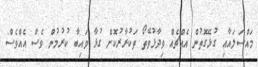
މައްސަލައާއި ގުޅޭގޮތުން އެއްޗެއް ވިދާޅުވޭތޯ ތަކުރާރުކޮށް ގުޅާ ވައިބާ ކުރުމުން ވެސް އެއްވެސް